Some observations on the poison of the banded krait (Bungarus fasciatus) - Number 7
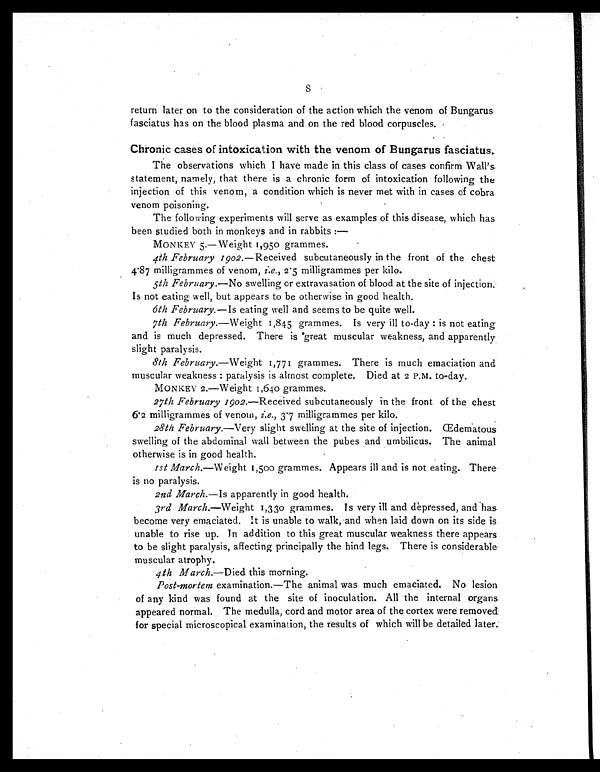
return later on to the consideration of the action which the venom of Bungarus
fasciatus has on the blood plasma and on the red blood corpuscles.
Chronic cases of intoxication with the venom of Bungarus fasciatus.
The observations which I have made in this class of cases confirm Wall's
statement, namely, that there is a chronic form of intoxication following the
injection of this venom, a condition which is never met with in cases of cobra
venom poisoning.
The following experiments will serve as examples of this disease, which has
been studied both in monkeys and in rabbits:
—
MONKEY 5.—Weight 1,950 grammes.
4th February 1902.—Received subcutaneously in the front of the chest
4.87 milligrammes of venom, i.e., 2.5 milligrammes per kilo.
5th February.—No swelling or extravasation of blood at the site of injection.
Is not eating well, but appears to be otherwise in good health.
6th February.— Is eating well and seems to be quite well.
7th February.— Weight 1,845 grammes. Is very ill to-day: is not eating
and is much depressed. There is great muscular weakness, and apparently
slight paralysis.
8th February.— Weight 1,771 grammes. There is much emaciation and
muscular weakness: paralysis is almost complete. Died at 2 P.M. to-day.
MONKEY 2.—Weight 1,640 grammes.
27th February 1902.—Received subcutaneously in the front of the chest
6.2 milligrammes of venom, i.e., 3.7 milligrammes per kilo.
28th February.—Very slight swelling at the site of injection. Œdematous
swelling of the abdominal wall between the pubes and umbilicus. The animal
otherwise is in good health.
1st March.—W eight 1,500 grammes. Appears ill and is not eating. There
is no paralysis.
2nd March.— Is apparently in good health.
3rd March.—Weight 1,330 grammes. Is very ill and dèpressed, and has
become very emaciated. It is unable to walk, and when laid down on its side is
unable to rise up. In addition to this great muscular weakness there appears
to be slight paralysis, affecting principally the hind legs. There is considerable
muscular atrophy.
4th March.— Died this morning.
Post-mortem examination.—The animal was much emaciated. No lesion
of any kind was found at the site of inoculation. All the internal organs
appeared normal. The medulla, cord and motor area of the cortex were removed
for special microscopical examination, the results of which will be detailed later.